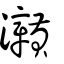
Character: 灨